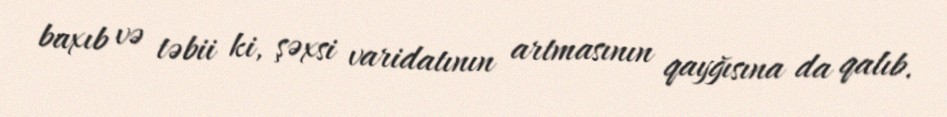
baxıb və təbii ki, şəxsi varidatının artmasının qayğısına da qalıb.